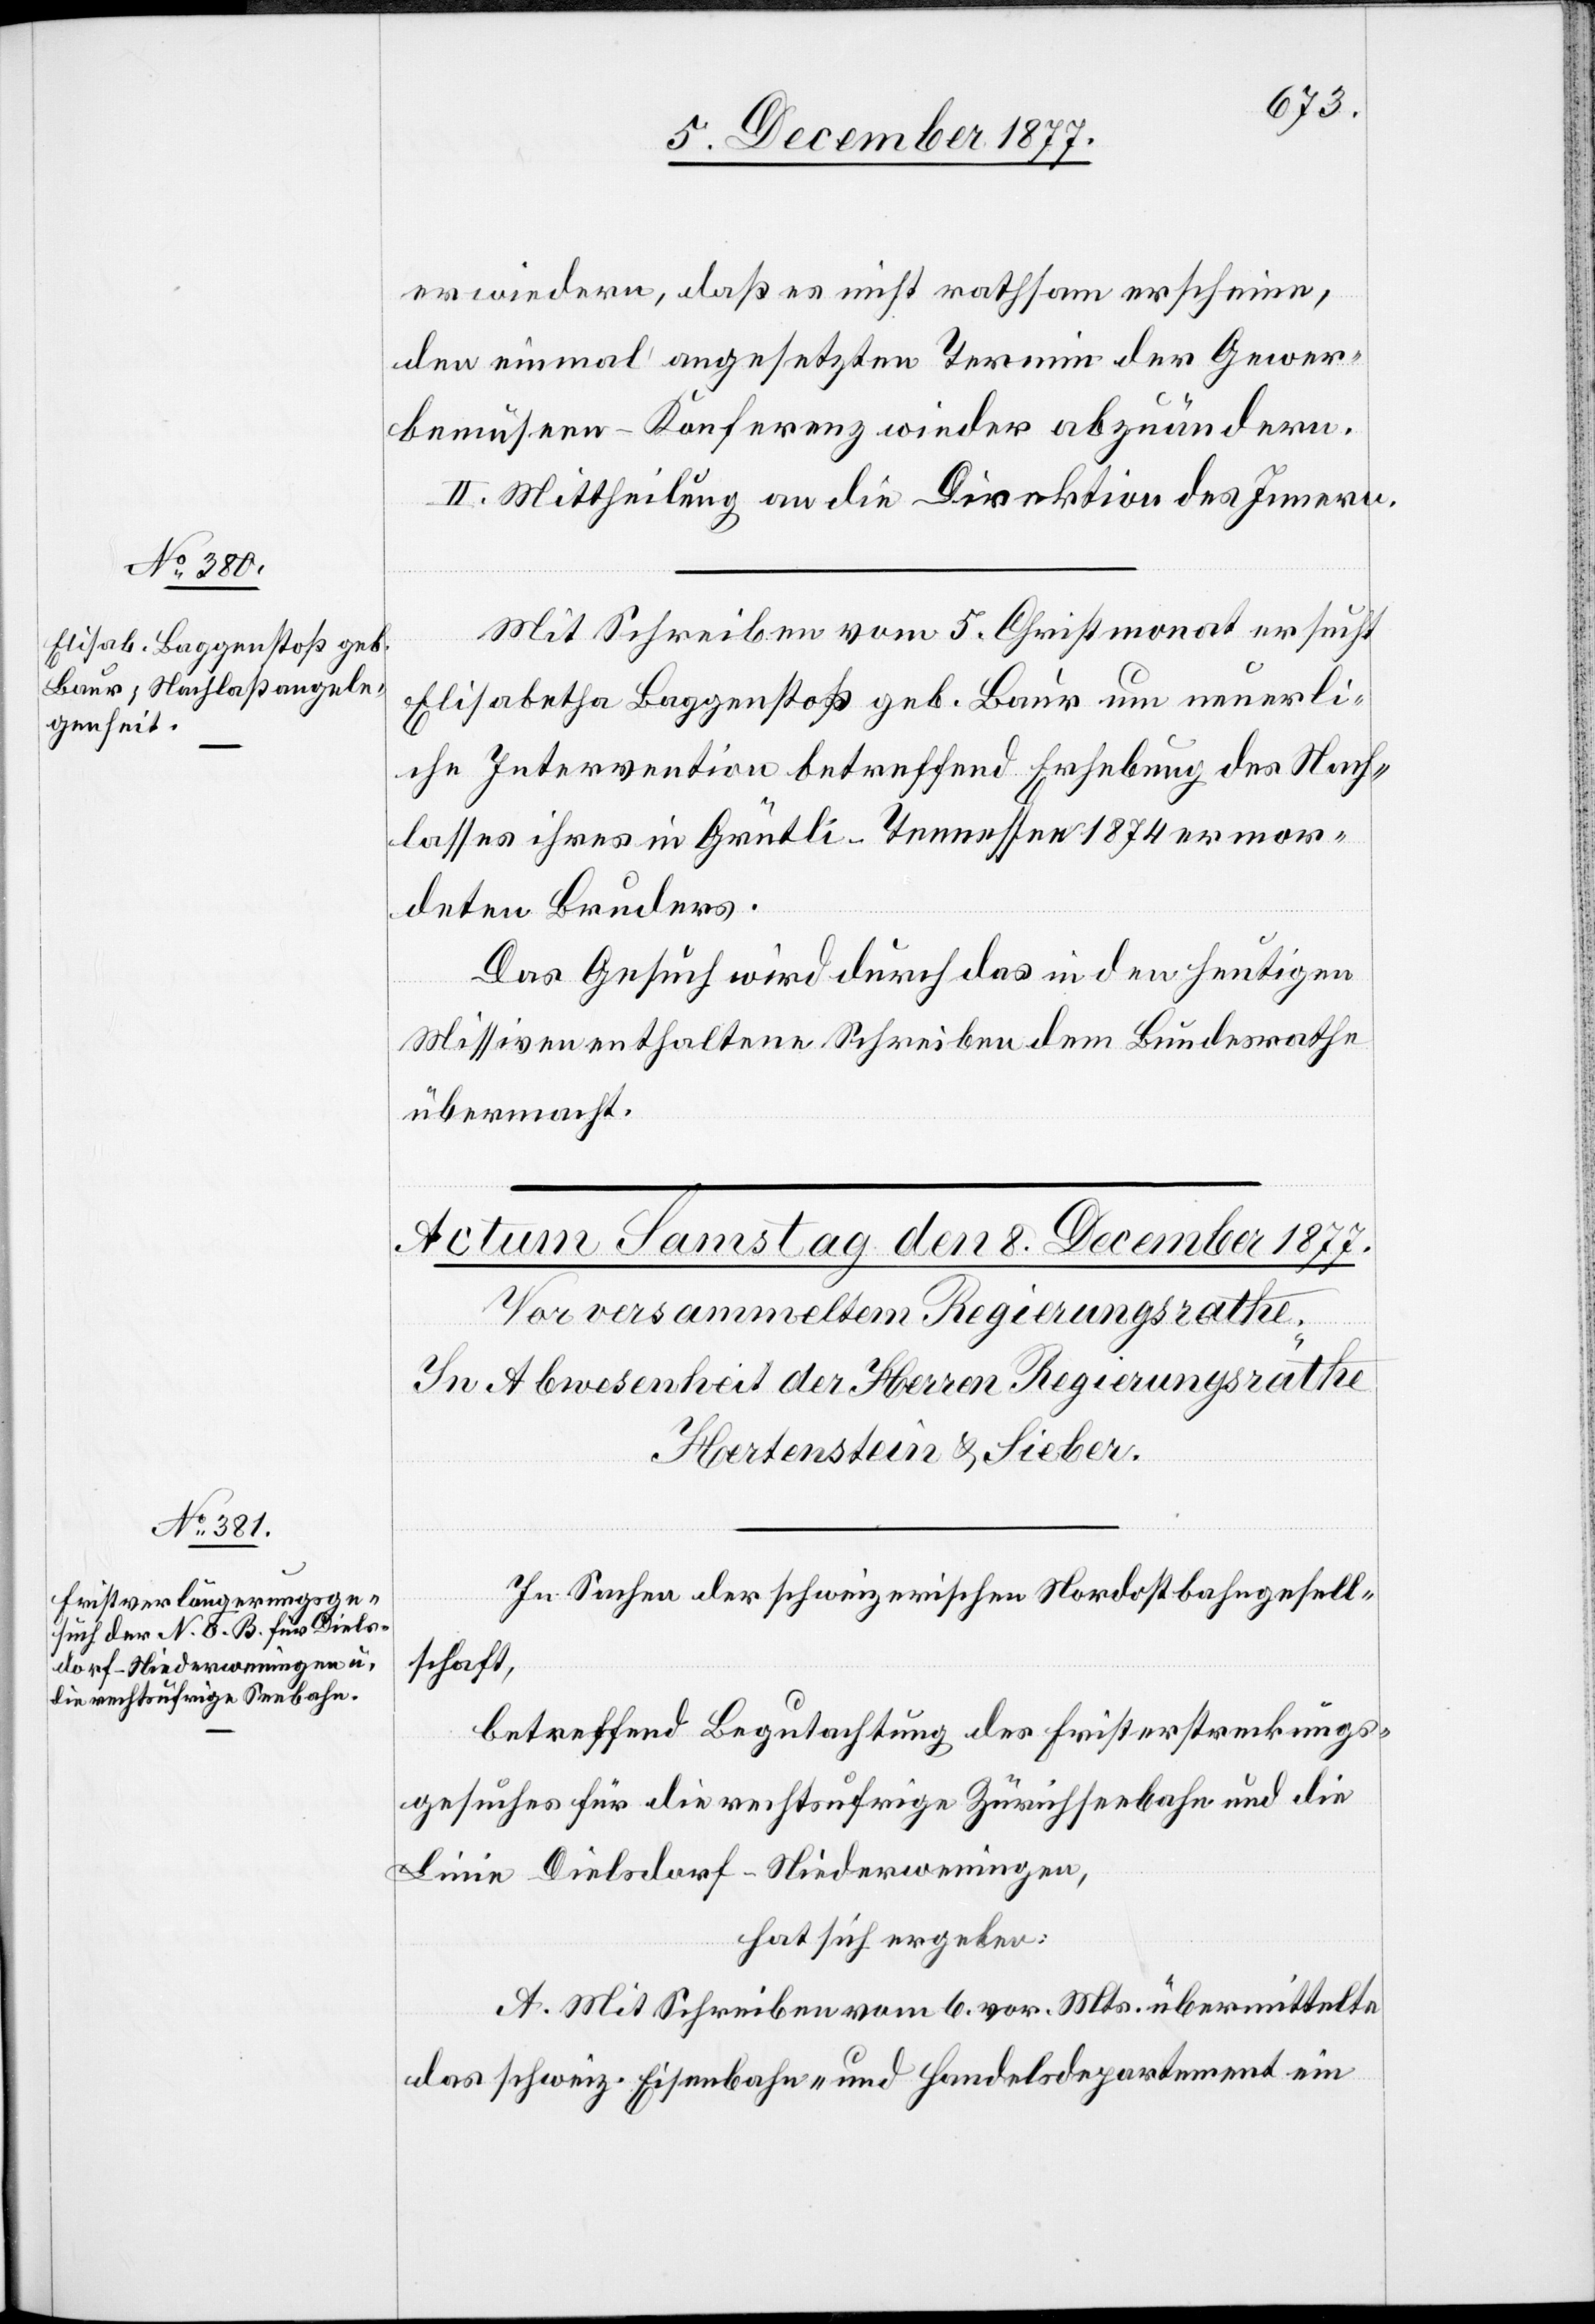
6. December 1877.]
erwiedern, daß es nicht rathsam erscheine,
den einmal angesetzten Termin der Gewer¬
bemuseen-Konferenz wieder abzuändern.
II. Mittheilung an die Direktion des Innern.
Mit Schreiben vom 5. Christmonat ersucht
Elisabetha Baggenstoß geb. Baur um neuerli¬
che Intervention betreffend Erhebung des Nach¬
lasses ihres in Grütli - Tennessee 1874 ermor¬
deten Bruders.
Das Gesuch wird durch das in den heutigen
Missiven enthaltene Schreiben dem Bundesrathe
übermacht.
In Sachen der schweizerischen Nordostbahngesell¬
schaft,
betreffend Begutachtung des Fristerstreckungs¬
gesuches für die rechtsufrige Zürichseebahn und die
Linie Dielsdorf–Niederweningen,
hat sich ergeben:
A. Mit Schreiben vom 6. vor. Mts. übermittelte
das schweiz. Eisenbahn- und Handelsdepartement ein